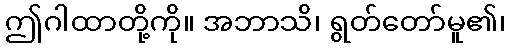
ဤဂါထာတို့ကို။ အဘာသိ၊ ရွတ်တော်မူ၏၊